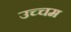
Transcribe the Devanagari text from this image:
उच्चम